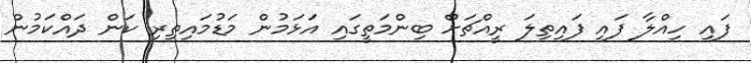
ފައި ހިއްލާ ފައި ފައިތިލަ ރީއްޗަށް ބިންމަތީގައި އަޅަމުން މަޑުމައިތިރި ކަން ދައްކަމުން